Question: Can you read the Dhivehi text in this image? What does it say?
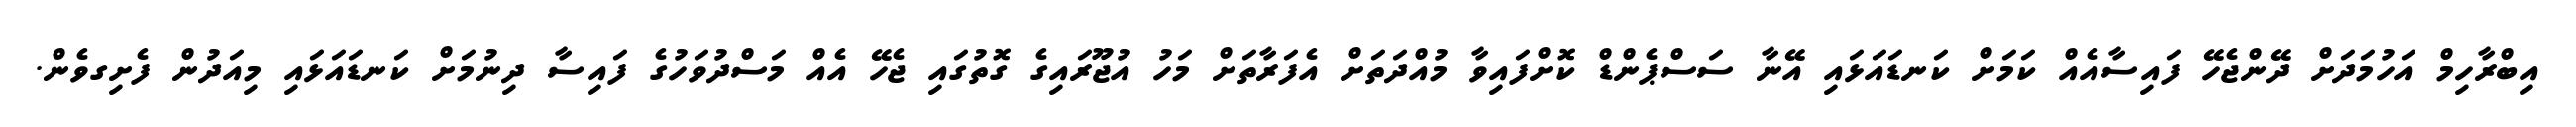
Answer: އިބްރާހިމް އަހުމަދަށް ދޭންޖެހޭ ފައިސާއެއް ކަމަށް ކަނޑައަޅައި އޭނާ ސަސްޕެންޑް ކޮށްފައިވާ މުއްދަތަށް އެފަރާތަށް މަހު އުޖޫރައިގެ ގޮތުގައި ޖެހޭ އެއް މަސްދުވަހުގެ ފައިސާ ދިނުމަށް ކަނޑައަޅައި މިއަދުން ފެށިގވެން.